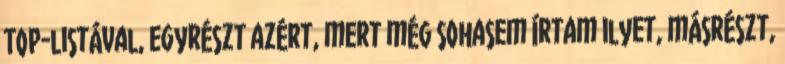
TOP-listával, egyrészt azért, mert még sohasem írtam ilyet, másrészt,